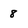
Character: 8